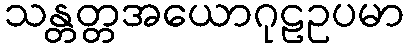
သန္တတ္တအယောဂုဠဥပမာ